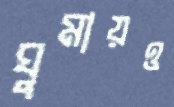
ঘুমায়ও